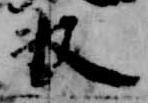
収